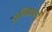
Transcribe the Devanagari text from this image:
पुलिसजनों